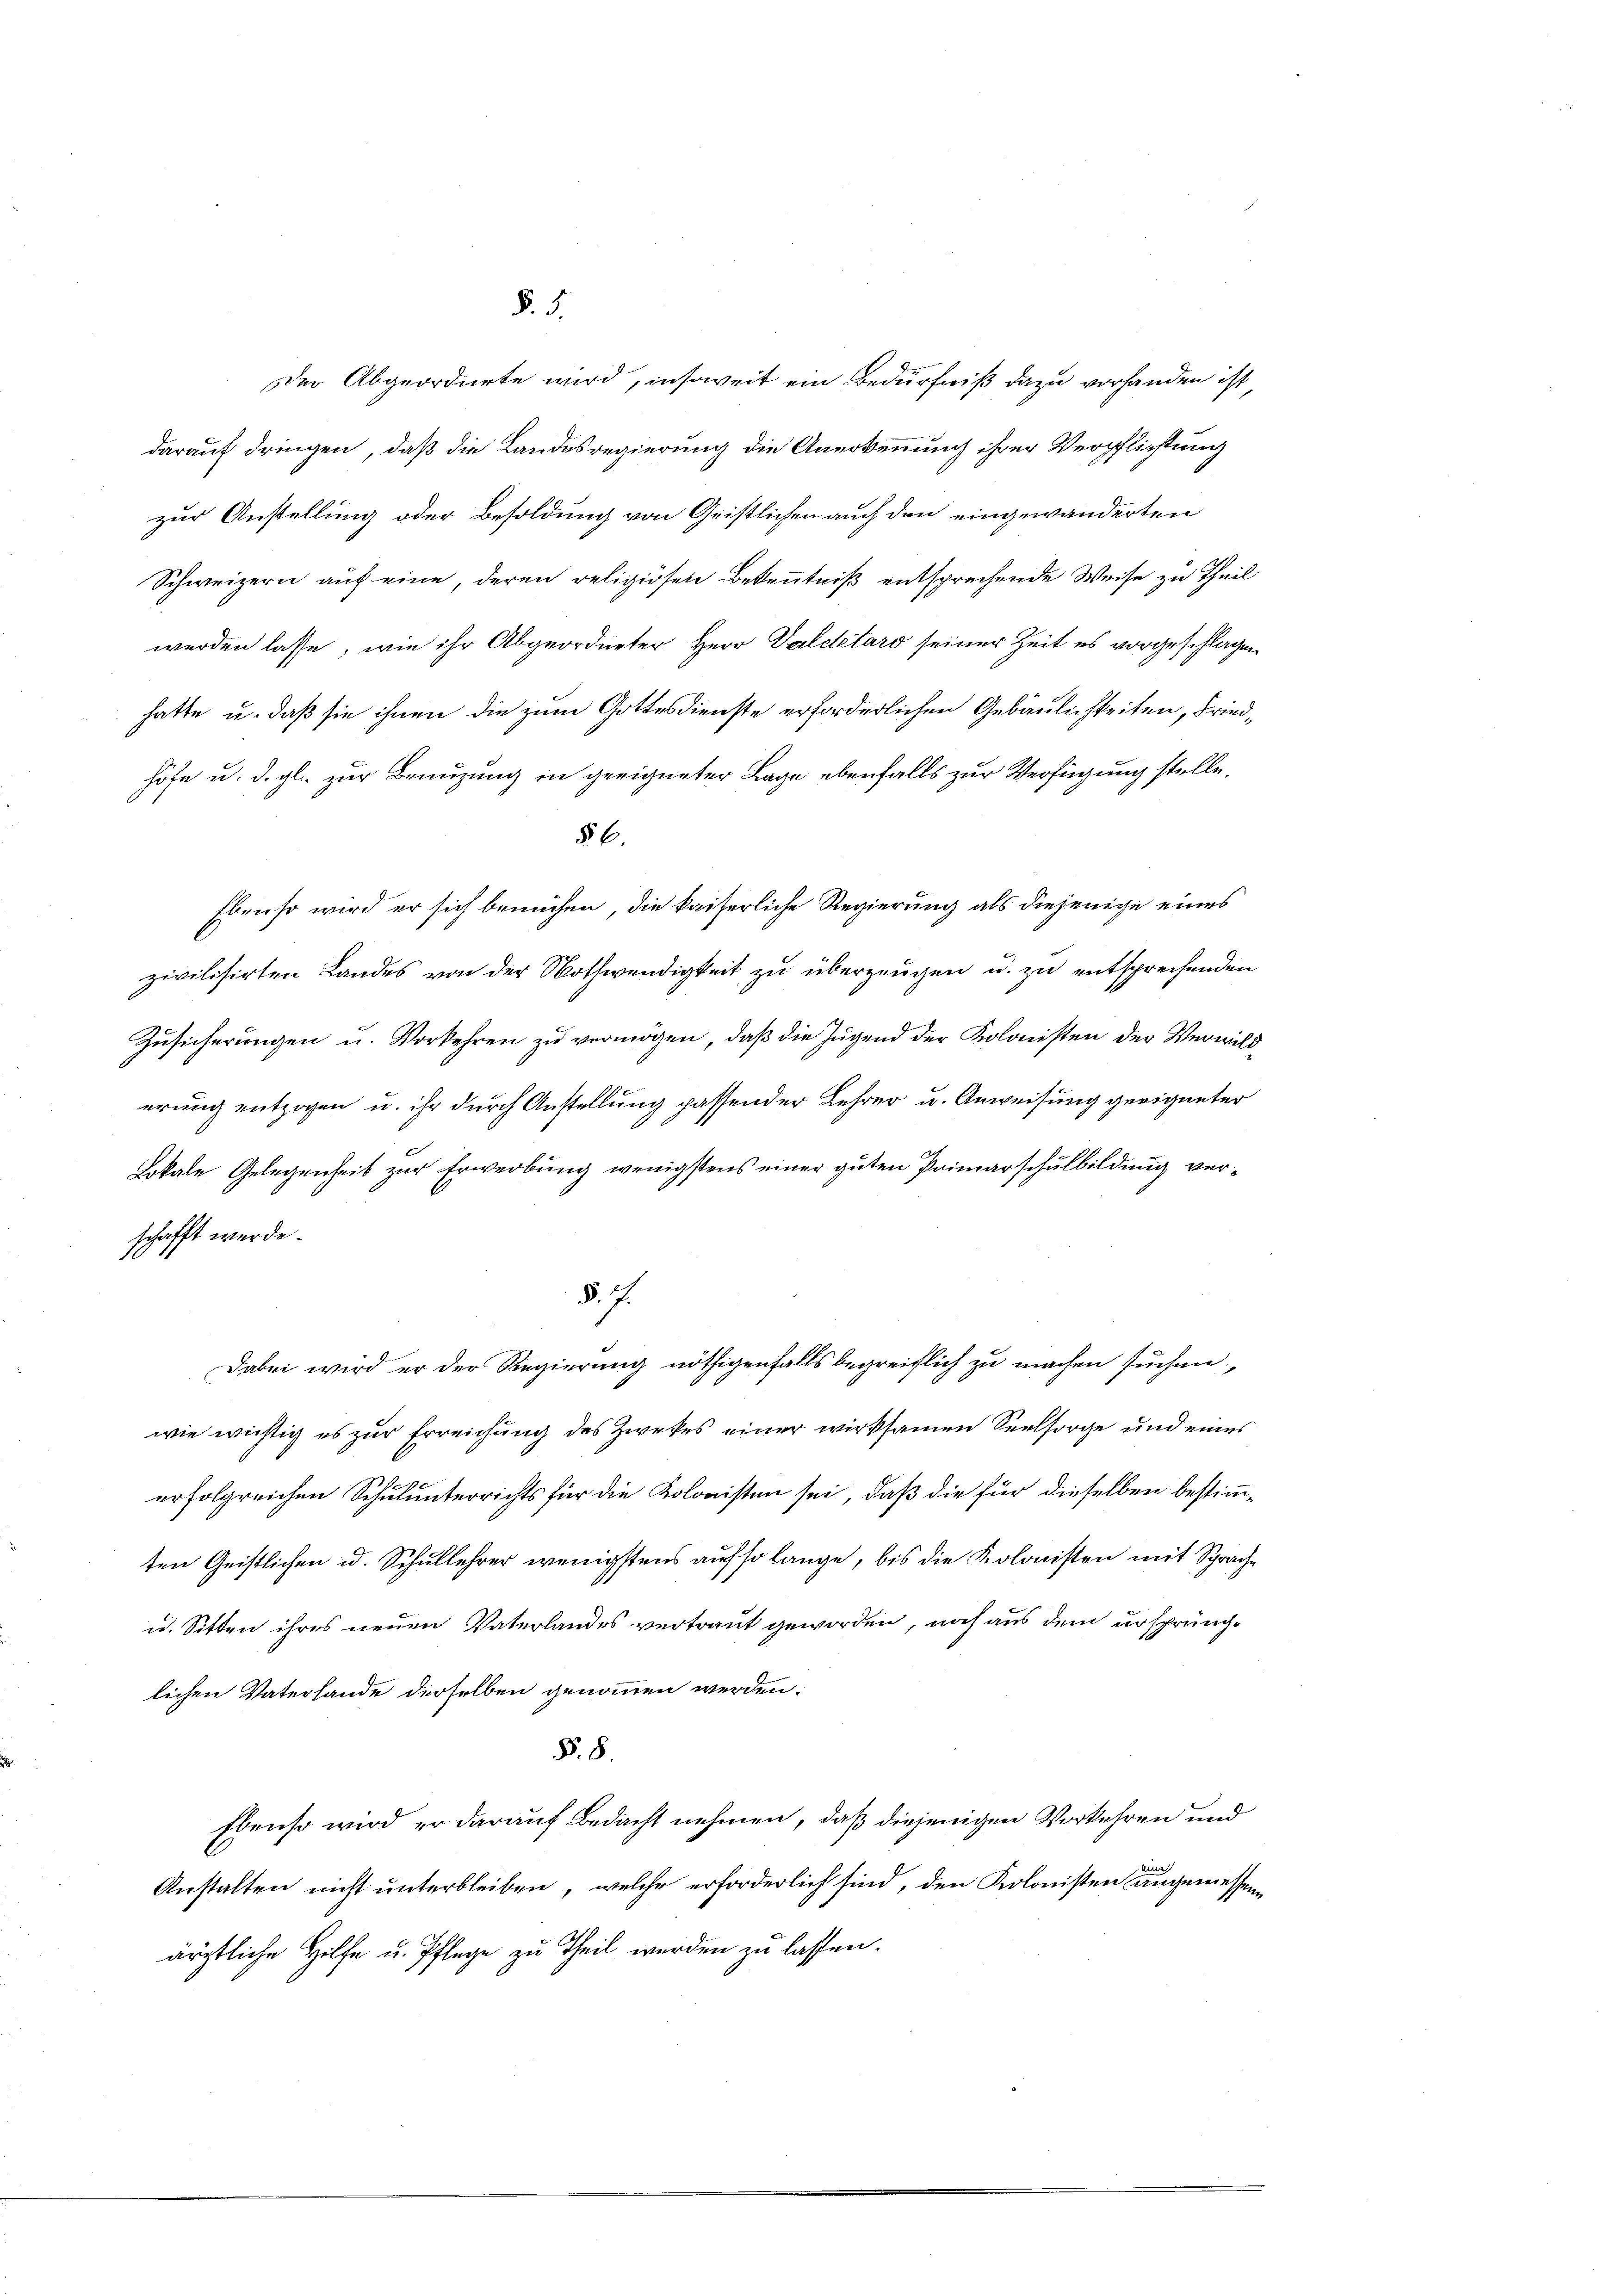
§. 5.

der Abgeordnete wird, insoweit ein Bedürfniß dazu vorhanden ist,
darauf dringen, daß die Landesregierung die Anerkennung ihrer Verpflichtung
zur Anstellung oder Besoldung von Gristlichen auch den eingewanderten
Schweizern auf eine, deren religiösen Bekenntniß entsprechende Weise zu Theil
werden lasse, wie ihr Abgeordneter Herr Geldetaro seiner Zeit es vorgeschlagen
hatte u. daß sie ihnen die zum Gottesdienste erforderlichen Gebäulichkeiten, Friedhöfe u. d. gl. zur Benuzung in geeigneter Lage ebenfalls zur Verfügung stelle.
§ 6.
Ebenso wird er sich bemühen, die kaiserliche Regierung als diejenige eines
zivilisirten Landes von der Nothwendigkeit zu überzeugen u. zu entsprechenden
Zusicherungen u. Vorkehren zu vermögen, daß die Jugend der Kolonisten der Verwild
erung entzogen u. ihr durch Anstellung passender Lehrer u. Anweisung geeigneter
Lokale Gelegenheit zur Erwerbung wenigstens einer guten Primarschulbildung verschafft werde.
1
§. 7.
Dabei wird er der Regierung nöthigenfalls begreiflich zu machen suchen,
wie wichtig es zur Erreichung des Zweckes einer wirksamen Seelsorge und eines
erfolgreichen Schulunterrichts für die Kolonisten sei, daß die für dieselben bestimmten Geistlichen u. Schullehrer wenigstens auf so lange, bis die Kolonisten mit Sprache
u. Sitten ihres neuen Vaterlandes vertraut geworden, noch aus dem ursprünglichen Vaterhande derselben genommen werden.
§. 8.
Ebenso wird er darauf Bedacht nehmen, daß diejenigen Vorkehren und
Anstalten nicht unterbleiben, welche erforderlich sind, den Kolonisten angemessen
ärztliche Hilfe u. Pflege zu Theil werden zu lassen.